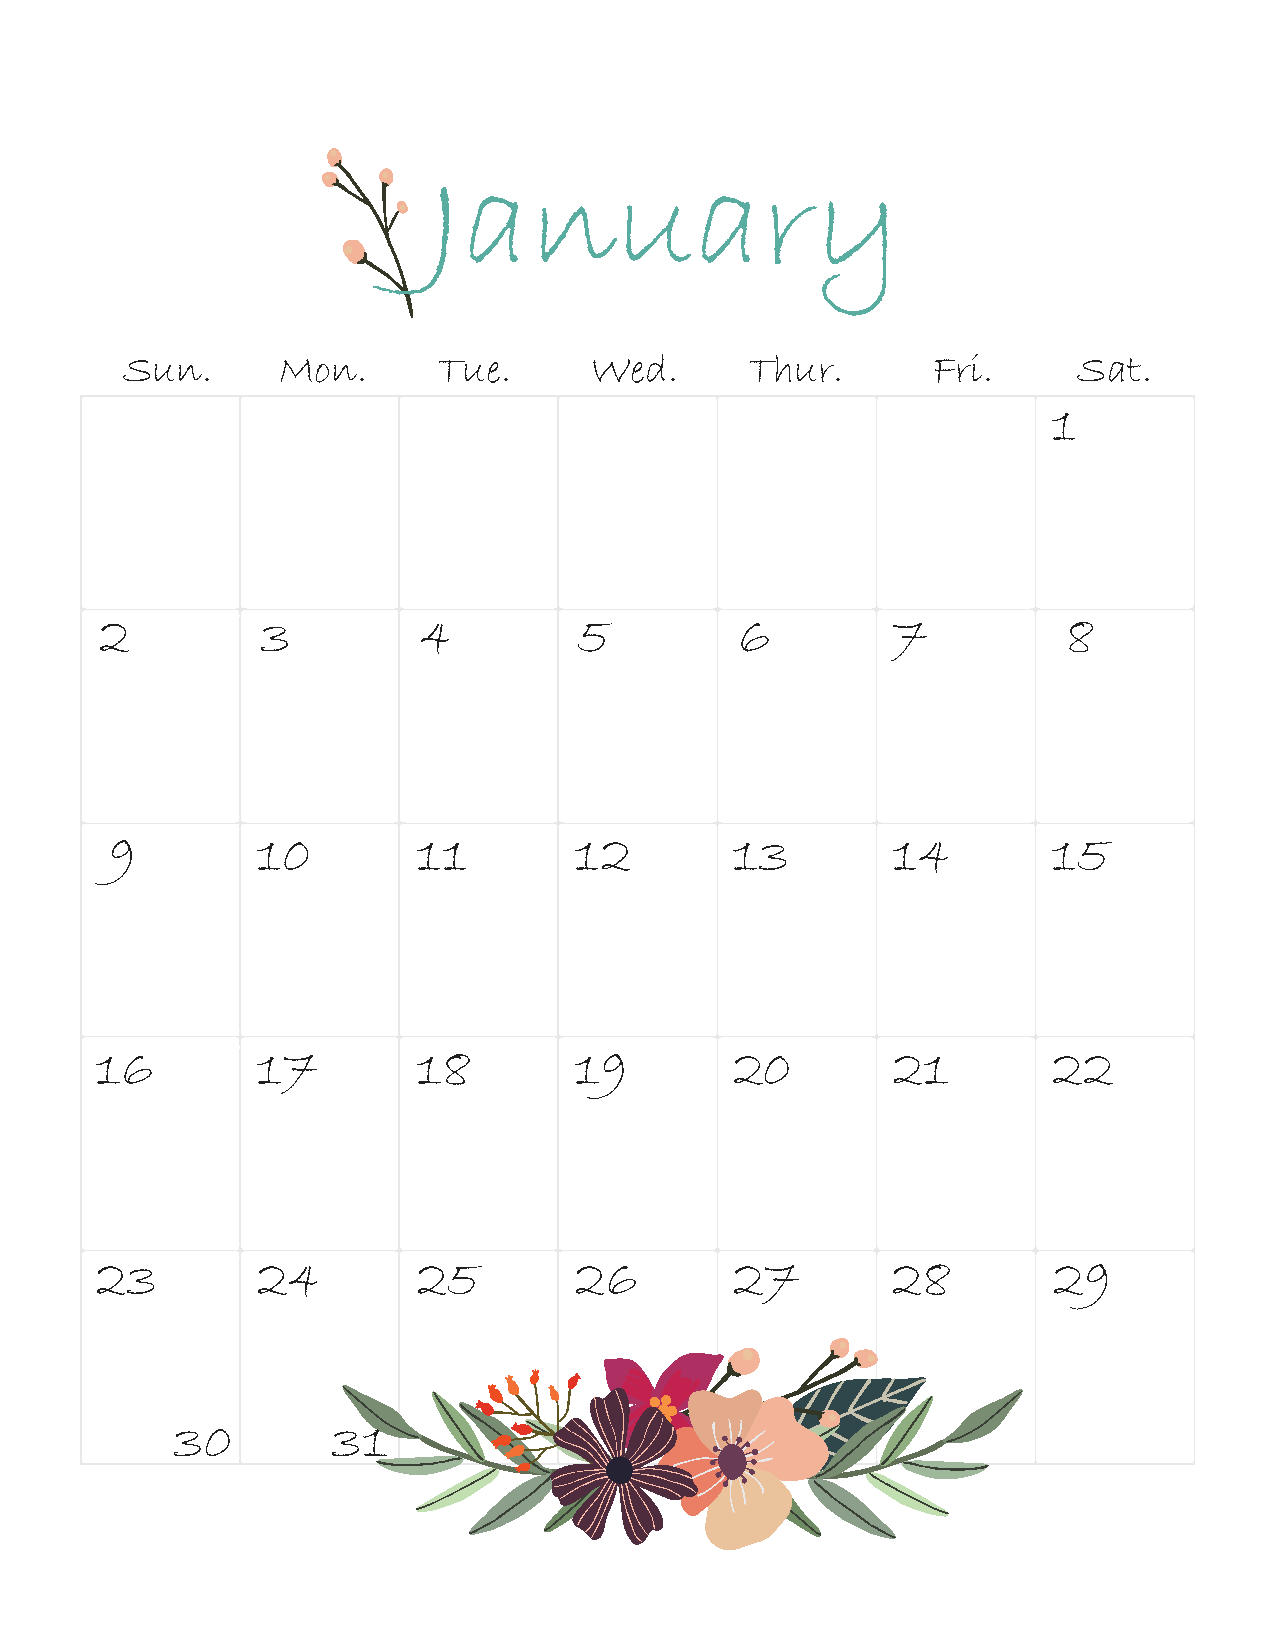
January
 Sun.      Mon.       Tue.      Wed.       Thur.       Fri.     Sat.
 1
 2         3          4         5          6         7           8
 9         10         11        12         13        14         15
 16         17         18        19         20        21         22
 23         24         25        26         27        28         29
 30         31